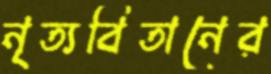
নৃত্যবিতানের